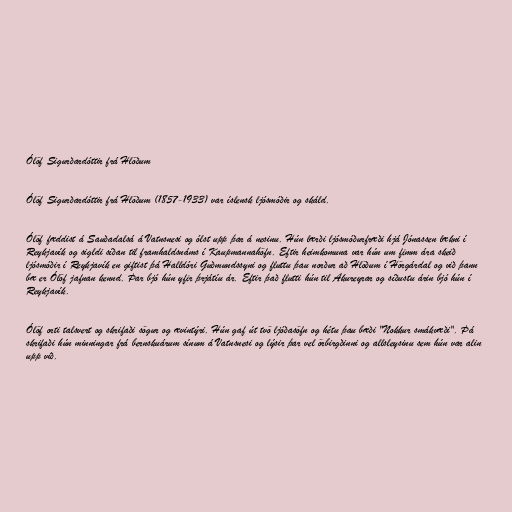
Ólöf Sigurðardóttir frá Hlöðum

Ólöf Sigurðardóttir frá Hlöðum (1857-1933) var íslensk ljósmóðir og skáld.

Ólöf fæddist á Sauðadalsá á Vatnsnesi og ólst upp þar á nesinu. Hún lærði ljósmóðurfræði hjá Jónassen lækni í
Reykjavík og sigldi síðan til framhaldsnáms í Kaupmannahöfn. Eftir heimkomuna var hún um fimm ára skeið
ljósmóðir í Reykjavík en giftist þá Halldóri Guðmundssyni og fluttu þau norður að Hlöðum í Hörgárdal og við þann
bæ er Ólöf jafnan kennd. Þar bjó hún yfir þrjátíu ár. Eftir það flutti hún til Akureyrar og síðustu árin bjó hún í
Reykjavík.

Ólöf orti talsvert og skrifaði sögur og ævintýri. Hún gaf út tvö ljóðasöfn og hétu þau bæði "Nokkur smákvæði". Þá
skrifaði hún minningar frá bernskuárum sínum á Vatnsnesi og lýsir þar vel örbirgðinni og allsleysinu sem hún var alin
upp við.